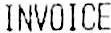
INVOICE